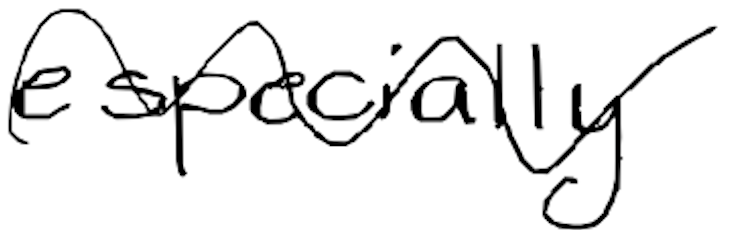
Text: especially
Cross-out: wave
Writing tool: digital_black